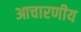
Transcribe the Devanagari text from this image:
आचारणीय